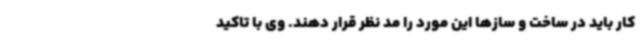
کار باید در ساخت و سازها این مورد را مد نظر قرار دهند. وی با تاکید